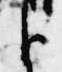
臣